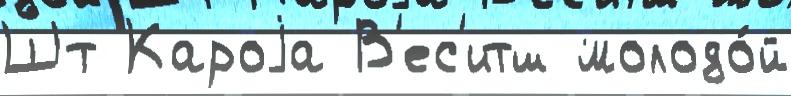
Ш́т Кароjа В'ес'итш молодо́й